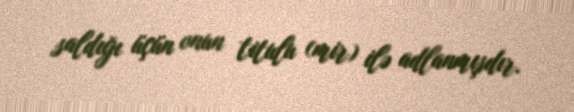
saldığı üçün onun titulu (mir) ilə adlanmışdır.